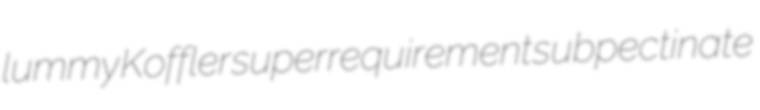
lummy Koffler superrequirement subpectinate